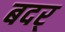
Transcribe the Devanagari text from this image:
बदर्